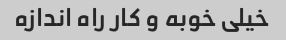
خیلی خوبه و کار راه اندازه